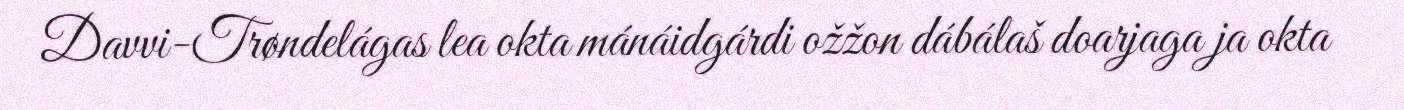
Davvi-Trøndelágas lea okta mánáidgárdi ožžon dábálaš doarjaga ja okta